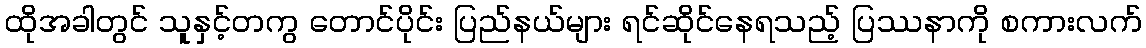
ထိုအခါတွင် သူနှင့်တကွ တောင်ပိုင်း ပြည်နယ်များ ရင်ဆိုင်နေရသည့် ပြဿနာကို စကားလက်